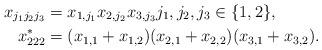
LaTeX: \begin{align*}x_{j_1j_2j_3} &= x_{1,j_1}x_{2,j_2}x_{3,j_3} j_1,j_2,j_3\in\{1,2\},\\x_{222}^* &= (x_{1,1}+x_{1,2})(x_{2,1}+x_{2,2})(x_{3,1}+x_{3,2}).\end{align*}